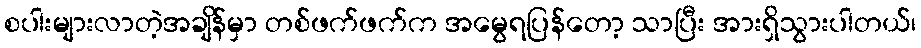
စပါးများလာတဲ့အချိန်မှာ တစ်ဖက်ဖက်က အမွေရပြန်တော့ သာပြီး အားရှိသွားပါတယ်၊